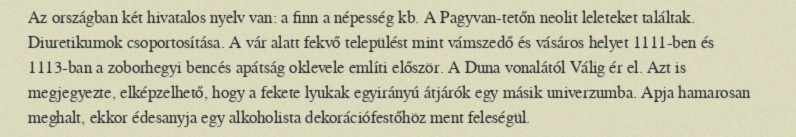
Az országban két hivatalos nyelv van: a finn a népesség kb. A Pagyvan-tetőn neolit leleteket találtak. Diuretikumok csoportosítása. A vár alatt fekvő települést mint vámszedő és vásáros helyet 1111-ben és 1113-ban a zoborhegyi bencés apátság oklevele említi először. A Duna vonalától Válig ér el. Azt is megjegyezte, elképzelhető, hogy a fekete lyukak egyirányú átjárók egy másik univerzumba. Apja hamarosan meghalt, ekkor édesanyja egy alkoholista dekorációfestőhöz ment feleségül.